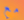
مع